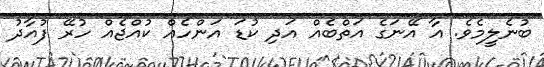
ބުނެލީމެވެ. އާ އޭނަގެ އަތްބެއް އަދި ކުޑަ އަންހެއް ކުއްޖެއް ހުރޭ ފުއާދު